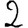
Digit: 2